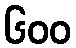
၆၀၀